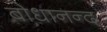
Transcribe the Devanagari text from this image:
बोधानन्द